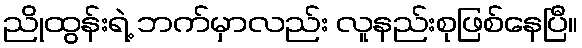
ညိုထွန်းရဲ့ ဘက်မှာလည်း လူနည်းစုဖြစ်နေပြီ။